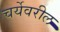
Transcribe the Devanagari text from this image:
चर्येवरील